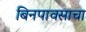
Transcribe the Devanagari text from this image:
बिनपावसाचा